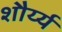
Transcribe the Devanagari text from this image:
शौर्य्य